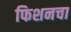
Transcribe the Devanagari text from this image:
फिशनचा